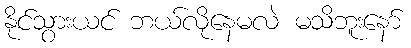
နိုင်သွားယင် ဘယ်လိုနေမလဲ မသိဘူးနော်